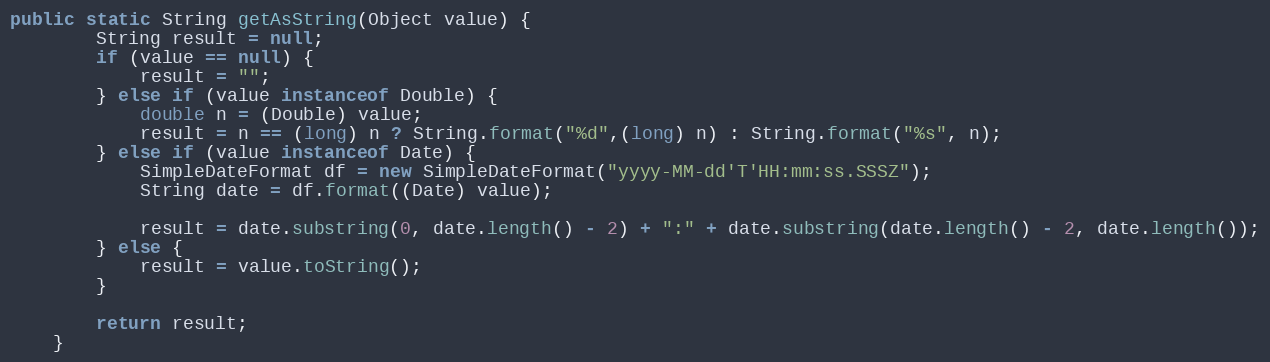
Language: Java
public static String getAsString(Object value) {
		String result = null;
		if (value == null) {
			result = "";
		} else if (value instanceof Double) {
			double n = (Double) value;
			result = n == (long) n ? String.format("%d",(long) n) : String.format("%s", n);
		} else if (value instanceof Date) {
			SimpleDateFormat df = new SimpleDateFormat("yyyy-MM-dd'T'HH:mm:ss.SSSZ");
			String date = df.format((Date) value);

			result = date.substring(0, date.length() - 2) + ":" + date.substring(date.length() - 2, date.length());
		} else {
			result = value.toString();
		}

		return result;
	}